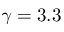
\gamma = 3 . 3